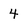
Character: 4